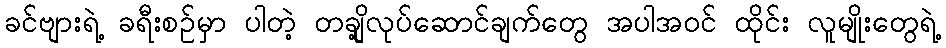
ခင်ဗျားရဲ့ ခရီးစဉ်မှာ ပါတဲ့ တချို့လုပ်ဆောင်ချက်တွေ အပါအဝင် ထိုင်း လူမျိုးတွေရဲ့